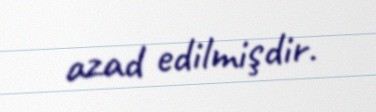
azad edilmişdir.